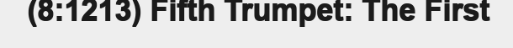
(8:1213) Fifth Trumpet: The First